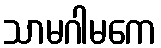
သာမဂါမကေ